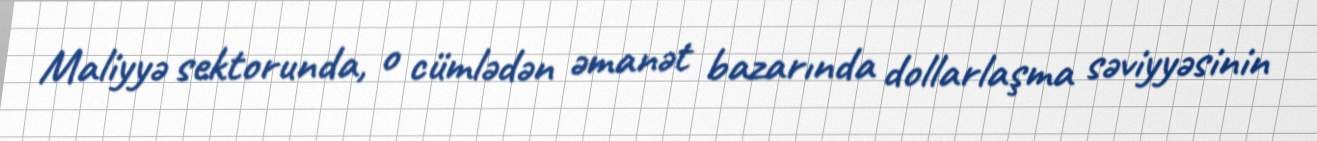
Maliyyə sektorunda, o cümlədən əmanət bazarında dollarlaşma səviyyəsinin